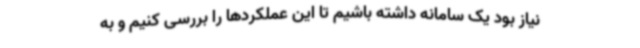
نیاز بود یک سامانه داشته باشیم تا این عملکردها را بررسی کنیم و به